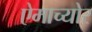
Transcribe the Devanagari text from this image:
ऐमाच्योर